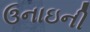
ઉનાઇની